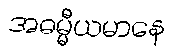
အဓမ္မီယမာနေ